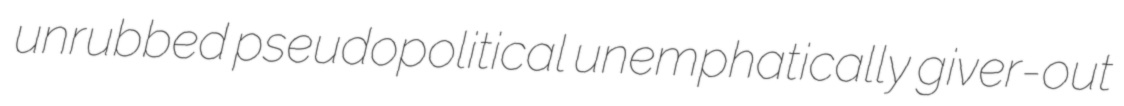
unrubbed pseudopolitical unemphatically giver-out